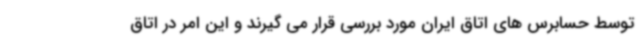
توسط حسابرس های اتاق ایران مورد بررسی قرار می گیرند و این امر در اتاق